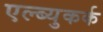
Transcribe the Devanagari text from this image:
एल्ब्युकर्क